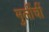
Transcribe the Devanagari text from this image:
मुलींचीं